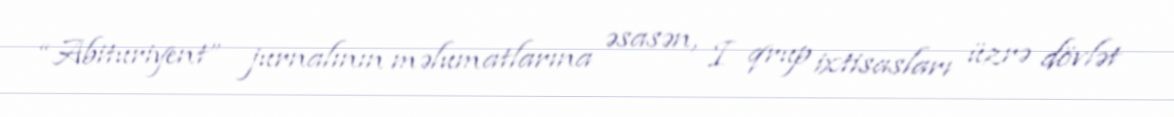
“Abituriyent” jurnalının məlumatlarına əsasən, I qrup ixtisasları üzrə dövlət